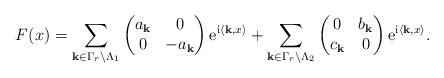
LaTeX: \begin{align*}F(x)=\sum_{{\bf k}\in \Gamma_{r}\backslash \Lambda_{1}} \begin{pmatrix}a_{\bf k}&0\\0&-a_{\bf k}\end{pmatrix}{\rm e}^{{\rm i}\langle{\bf k},x\rangle} + \sum_{{\bf k}\in \Gamma_{r}\backslash \Lambda_{2}} \begin{pmatrix}0&b_{\bf k}\\c_{\bf k}&0\end{pmatrix}{\rm e}^{{\rm i}\langle{\bf k},x\rangle}.\end{align*}